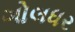
ગોલધર